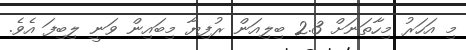
މި އަހަރު މިހާތަނަށް 2.3 ބިލިއަން ރުފިޔާ މިބައިން ވަނީ ލިބިފަ އެވެ.